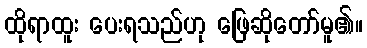
ထိုရာထူး ပေးရသည်ဟု ဖြေဆိုတော်မူ၏။